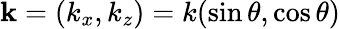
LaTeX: \mathbf{k}=\left(k_{x},k_{z}\right)=k(\sin\theta,\cos\theta)